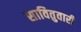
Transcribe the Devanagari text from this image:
सावितुवारी